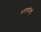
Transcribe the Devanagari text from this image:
भरणरोलों